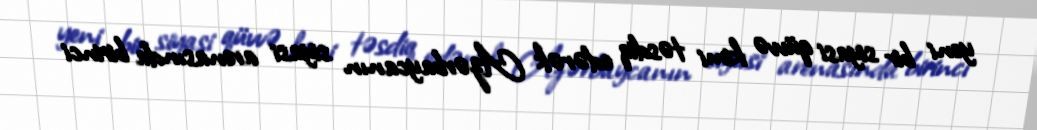
yeni bir siyasi qüvvə kimi təsdiq edərək Azərbaycanın siyasi arenasında birinci